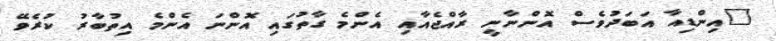
"އިންޑިއާ އަބަދުވެސް އޮންނާނީ ރާއްޖެއާއި އެންމެ ގާތުގައި އޮންނަ އެންމެ އިތުބާރު ކުރެވޭ